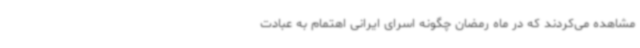
مشاهده می‌کردند که در ماه رمضان چگونه اسرای ایرانی اهتمام به عبادت